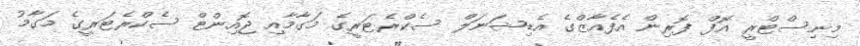
މިނިސްޓްރީ އޮފް ފޮރިން އެފެއާޒްގެ އެޑިޝަނަލް ސެކްރެޓަރީގެ މަގާމާއި ޖޮއިންޓް ސެކްރެޓަރީގެ މަގާމު